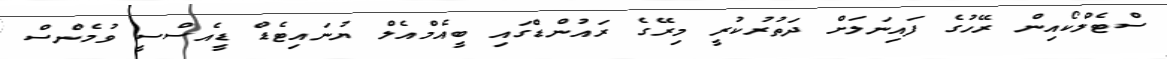
ސްޓެލްކޯއިން ރޭހުގެ ފައިނަލަށް ދަތުރުކުރީ މިރޭގެ ރައުންޑްގައި ބީއެމްއެލް ޔުނައިޓެޑް ޑީއެސްސީ ވުމެންސް